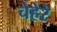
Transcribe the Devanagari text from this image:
चेहेरे